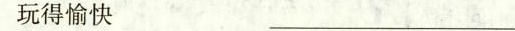
玩的愉快_________